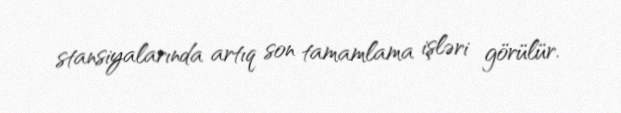
stansiyalarında artıq son tamamlama işləri görülür.